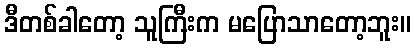
ဒီတစ်ခါတော့ သူကြီးက မပြောသာတော့ဘူး။